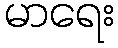
မာရေး